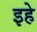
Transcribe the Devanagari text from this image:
इहे